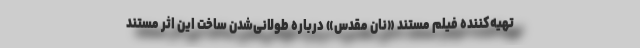
تهیه‌کننده فیلم مستند «نان مقدس» درباره طولانی‌شدن ساخت این اثر مستند